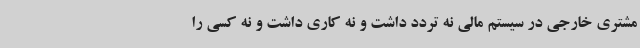
مشتری خارجی در سیستم مالی نه تردد داشت و نه کاری داشت و نه کسی را